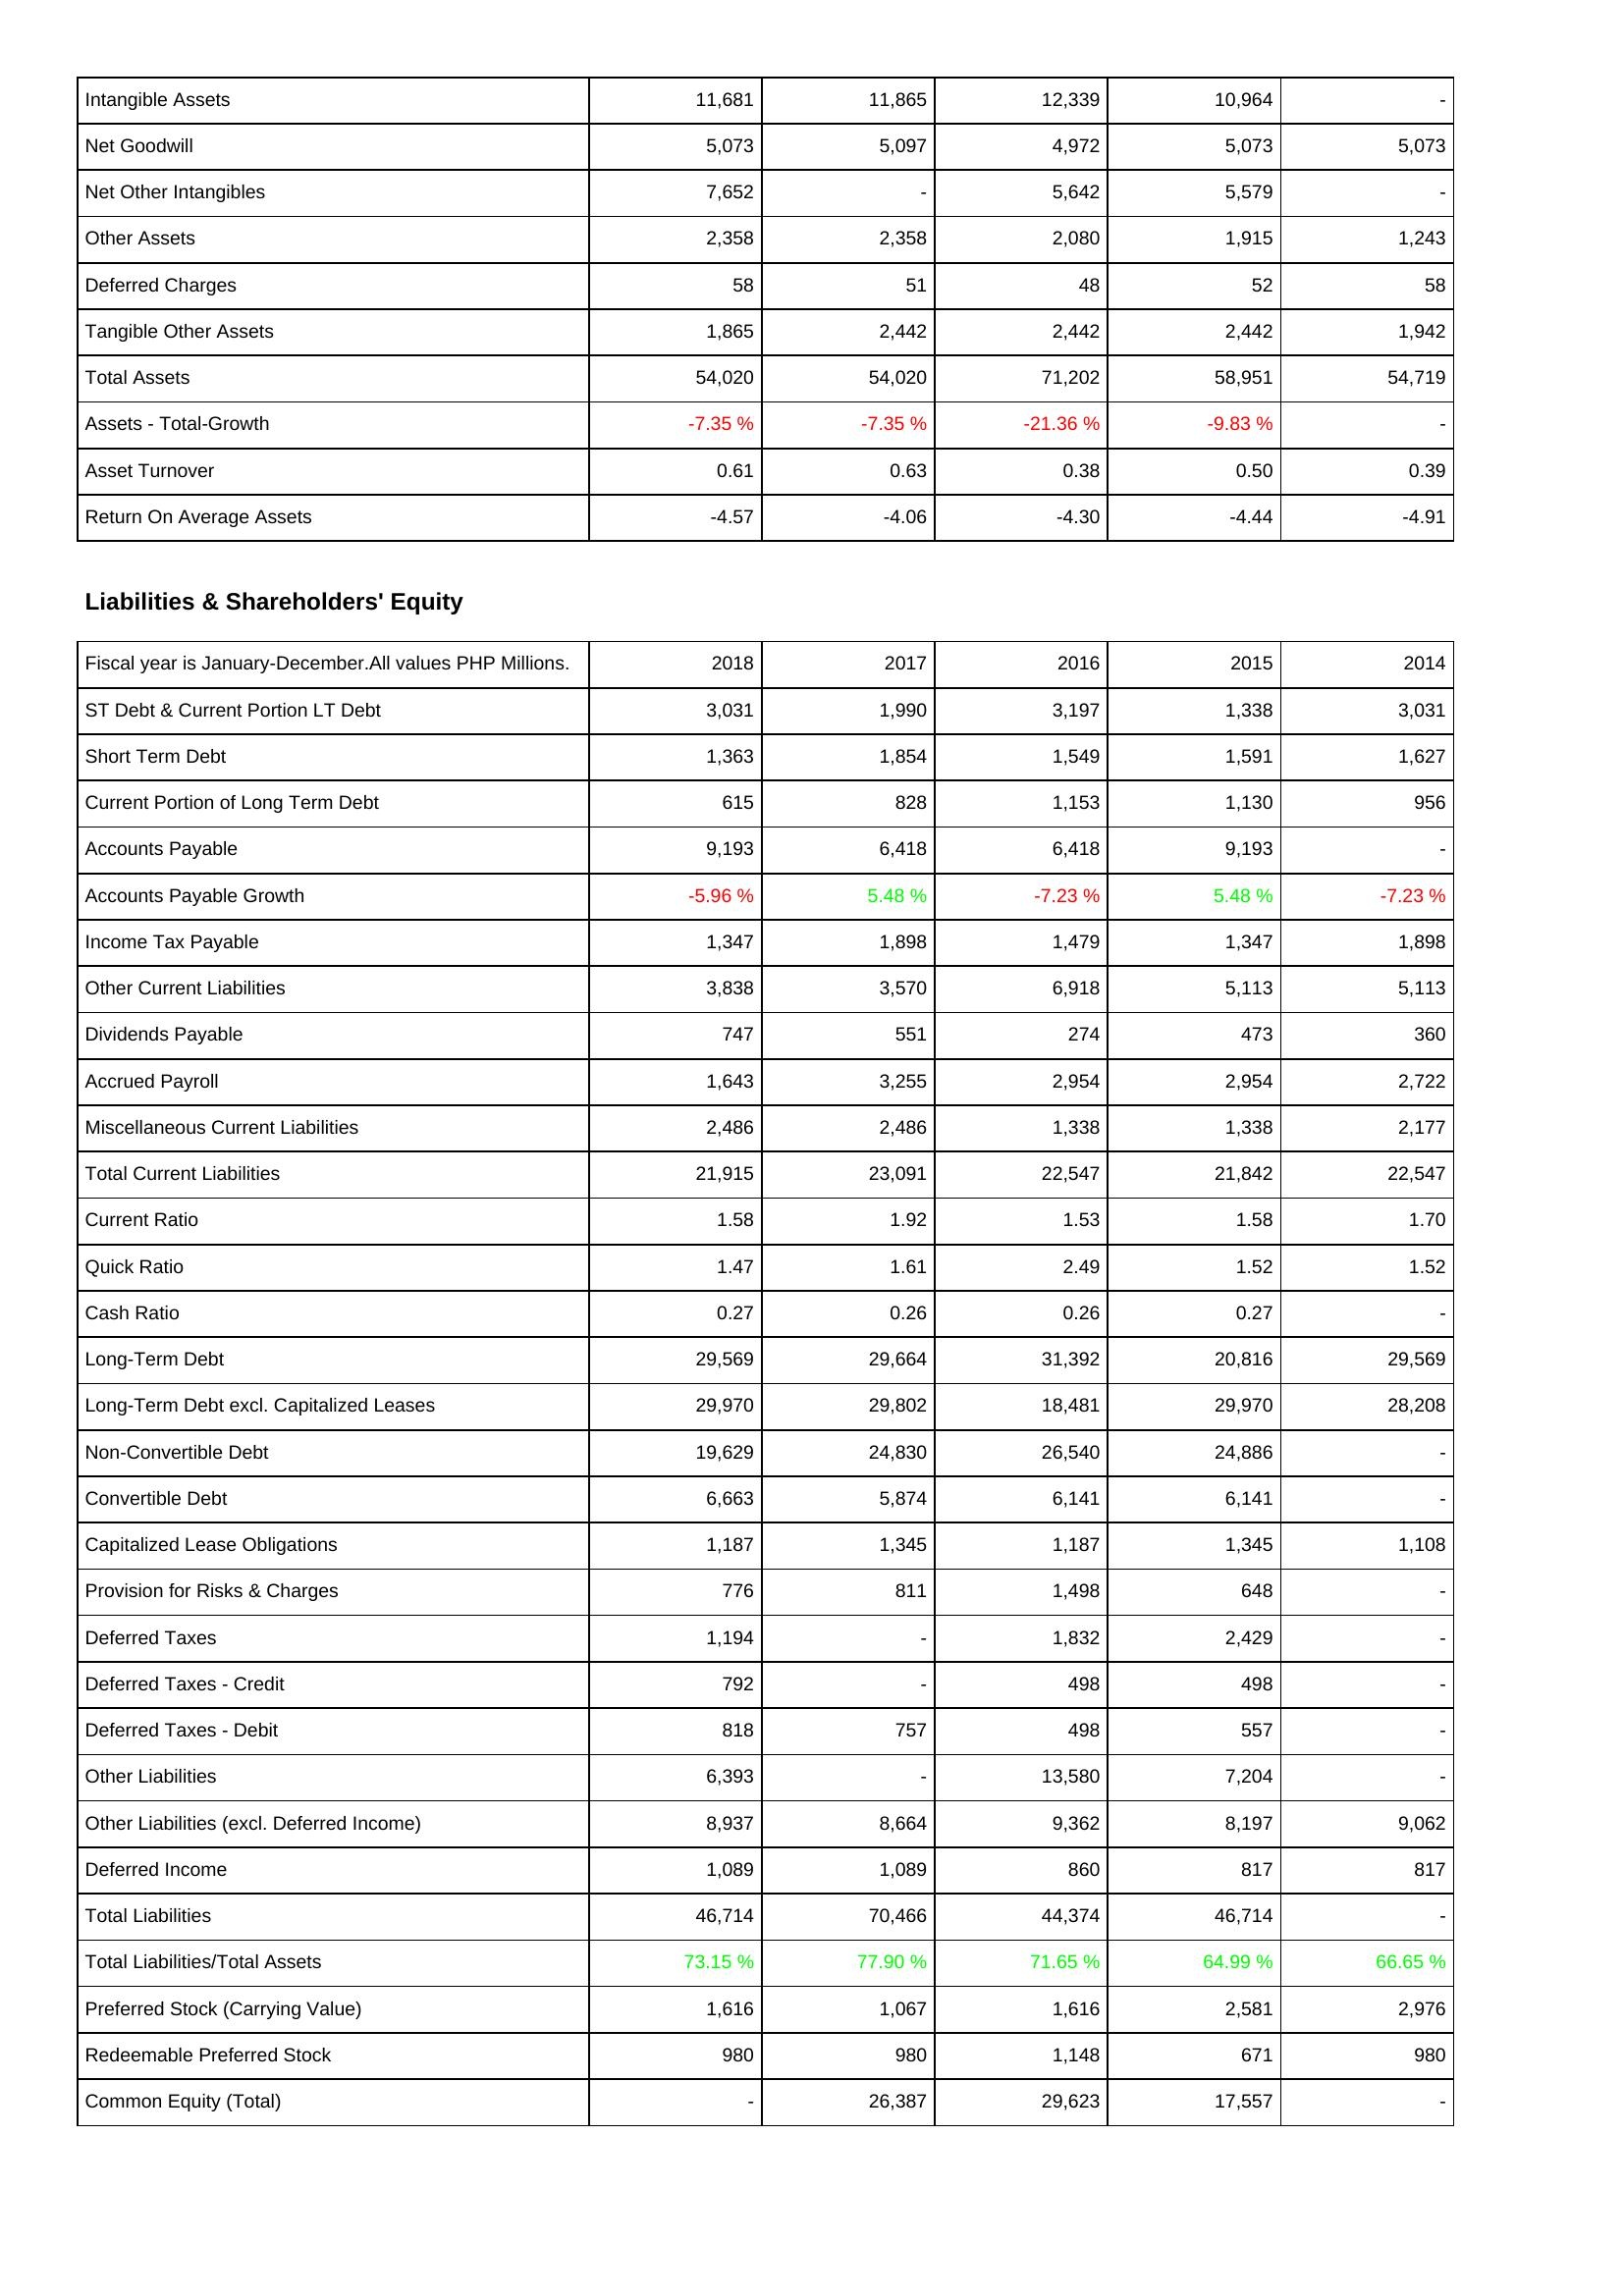
2018: Assets: Intangible Assets: 11,681
Net Goodwill: 5,073
Net Other Intangibles: 7,652
Other Assets: 2,358
Deferred Charges: 58
Tangible Other Assets: 1,865
Total Assets: 54,020
Assets - Total-Growth: -7.35 %
Asset Turnover: 0.61
Return On Average Assets: -4.57
Liabilities & Shareholders' Equity: ST Debt & Current Portion LT Debt: 3,031
Short Term Debt: 1,363
Current Portion of Long Term Debt: 615
Accounts Payable: 9,193
Accounts Payable Growth: -5.96 %
Income Tax Payable: 1,347
Other Current Liabilities: 3,838
Dividends Payable: 747
Accrued Payroll: 1,643
Miscellaneous Current Liabilities: 2,486
Total Current Liabilities: 21,915
Current Ratio: 1.58
Quick Ratio: 1.47
Cash Ratio: 0.27
Long-Term Debt: 29,569
Long-Term Debt excl. Capitalized Leases: 29,970
Non-Convertible Debt: 19,629
Convertible Debt: 6,663
Capitalized Lease Obligations: 1,187
Provision for Risks & Charges: 776
Deferred Taxes: 1,194
Deferred Taxes - Credit: 792
Deferred Taxes - Debit: 818
Other Liabilities: 6,393
Other Liabilities (excl. Deferred Income): 8,937
Deferred Income: 1,089
Total Liabilities: 46,714
Total Liabilities/Total Assets: 73.15 %
Preferred Stock (Carrying Value): 1,616
Redeemable Preferred Stock: 980
Common Equity (Total): -
2017: Assets: Intangible Assets: 11,865
Net Goodwill: 5,097
Net Other Intangibles: -
Other Assets: 2,358
Deferred Charges: 51
Tangible Other Assets: 2,442
Total Assets: 54,020
Assets - Total-Growth: -7.35 %
Asset Turnover: 0.63
Return On Average Assets: -4.06
Liabilities & Shareholders' Equity: ST Debt & Current Portion LT Debt: 1,990
Short Term Debt: 1,854
Current Portion of Long Term Debt: 828
Accounts Payable: 6,418
Accounts Payable Growth: 5.48 %
Income Tax Payable: 1,898
Other Current Liabilities: 3,570
Dividends Payable: 551
Accrued Payroll: 3,255
Miscellaneous Current Liabilities: 2,486
Total Current Liabilities: 23,091
Current Ratio: 1.92
Quick Ratio: 1.61
Cash Ratio: 0.26
Long-Term Debt: 29,664
Long-Term Debt excl. Capitalized Leases: 29,802
Non-Convertible Debt: 24,830
Convertible Debt: 5,874
Capitalized Lease Obligations: 1,345
Provision for Risks & Charges: 811
Deferred Taxes: -
Deferred Taxes - Credit: -
Deferred Taxes - Debit: 757
Other Liabilities: -
Other Liabilities (excl. Deferred Income): 8,664
Deferred Income: 1,089
Total Liabilities: 70,466
Total Liabilities/Total Assets: 77.90 %
Preferred Stock (Carrying Value): 1,067
Redeemable Preferred Stock: 980
Common Equity (Total): 26,387
2016: Assets: Intangible Assets: 12,339
Net Goodwill: 4,972
Net Other Intangibles: 5,642
Other Assets: 2,080
Deferred Charges: 48
Tangible Other Assets: 2,442
Total Assets: 71,202
Assets - Total-Growth: -21.36 %
Asset Turnover: 0.38
Return On Average Assets: -4.30
Liabilities & Shareholders' Equity: ST Debt & Current Portion LT Debt: 3,197
Short Term Debt: 1,549
Current Portion of Long Term Debt: 1,153
Accounts Payable: 6,418
Accounts Payable Growth: -7.23 %
Income Tax Payable: 1,479
Other Current Liabilities: 6,918
Dividends Payable: 274
Accrued Payroll: 2,954
Miscellaneous Current Liabilities: 1,338
Total Current Liabilities: 22,547
Current Ratio: 1.53
Quick Ratio: 2.49
Cash Ratio: 0.26
Long-Term Debt: 31,392
Long-Term Debt excl. Capitalized Leases: 18,481
Non-Convertible Debt: 26,540
Convertible Debt: 6,141
Capitalized Lease Obligations: 1,187
Provision for Risks & Charges: 1,498
Deferred Taxes: 1,832
Deferred Taxes - Credit: 498
Deferred Taxes - Debit: 498
Other Liabilities: 13,580
Other Liabilities (excl. Deferred Income): 9,362
Deferred Income: 860
Total Liabilities: 44,374
Total Liabilities/Total Assets: 71.65 %
Preferred Stock (Carrying Value): 1,616
Redeemable Preferred Stock: 1,148
Common Equity (Total): 29,623
2015: Assets: Intangible Assets: 10,964
Net Goodwill: 5,073
Net Other Intangibles: 5,579
Other Assets: 1,915
Deferred Charges: 52
Tangible Other Assets: 2,442
Total Assets: 58,951
Assets - Total-Growth: -9.83 %
Asset Turnover: 0.50
Return On Average Assets: -4.44
Liabilities & Shareholders' Equity: ST Debt & Current Portion LT Debt: 1,338
Short Term Debt: 1,591
Current Portion of Long Term Debt: 1,130
Accounts Payable: 9,193
Accounts Payable Growth: 5.48 %
Income Tax Payable: 1,347
Other Current Liabilities: 5,113
Dividends Payable: 473
Accrued Payroll: 2,954
Miscellaneous Current Liabilities: 1,338
Total Current Liabilities: 21,842
Current Ratio: 1.58
Quick Ratio: 1.52
Cash Ratio: 0.27
Long-Term Debt: 20,816
Long-Term Debt excl. Capitalized Leases: 29,970
Non-Convertible Debt: 24,886
Convertible Debt: 6,141
Capitalized Lease Obligations: 1,345
Provision for Risks & Charges: 648
Deferred Taxes: 2,429
Deferred Taxes - Credit: 498
Deferred Taxes - Debit: 557
Other Liabilities: 7,204
Other Liabilities (excl. Deferred Income): 8,197
Deferred Income: 817
Total Liabilities: 46,714
Total Liabilities/Total Assets: 64.99 %
Preferred Stock (Carrying Value): 2,581
Redeemable Preferred Stock: 671
Common Equity (Total): 17,557
2014: Assets: Intangible Assets: -
Net Goodwill: 5,073
Net Other Intangibles: -
Other Assets: 1,243
Deferred Charges: 58
Tangible Other Assets: 1,942
Total Assets: 54,719
Assets - Total-Growth: -
Asset Turnover: 0.39
Return On Average Assets: -4.91
Liabilities & Shareholders' Equity: ST Debt & Current Portion LT Debt: 3,031
Short Term Debt: 1,627
Current Portion of Long Term Debt: 956
Accounts Payable: -
Accounts Payable Growth: -7.23 %
Income Tax Payable: 1,898
Other Current Liabilities: 5,113
Dividends Payable: 360
Accrued Payroll: 2,722
Miscellaneous Current Liabilities: 2,177
Total Current Liabilities: 22,547
Current Ratio: 1.70
Quick Ratio: 1.52
Cash Ratio: -
Long-Term Debt: 29,569
Long-Term Debt excl. Capitalized Leases: 28,208
Non-Convertible Debt: -
Convertible Debt: -
Capitalized Lease Obligations: 1,108
Provision for Risks & Charges: -
Deferred Taxes: -
Deferred Taxes - Credit: -
Deferred Taxes - Debit: -
Other Liabilities: -
Other Liabilities (excl. Deferred Income): 9,062
Deferred Income: 817
Total Liabilities: -
Total Liabilities/Total Assets: 66.65 %
Preferred Stock (Carrying Value): 2,976
Redeemable Preferred Stock: 980
Common Equity (Total): -